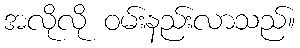
အလိုလို ဝမ်းနည်းလာသည်။